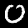
Digit: 0